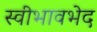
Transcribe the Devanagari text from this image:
स्वीभावभेद